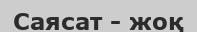
Саясат - жоқ